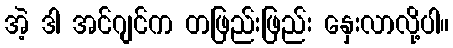
အဲ့ ဒါ အင်ဂျင်က တဖြည်းဖြည်း နှေးလာလို့ပါ။